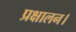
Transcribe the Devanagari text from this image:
प्रक्षालन।